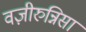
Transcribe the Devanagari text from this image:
वज़ीरुन्निसा